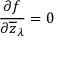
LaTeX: { \frac { \partial f } { \partial { \overline { { z } } } _ { \lambda } } } = 0